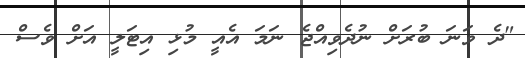
"ދެ ވަނަ ބުރަށް ނުދެވިއްޖެ ނަމަ އެއީ މުޅި އިޓަލީ އަށް ވެސް